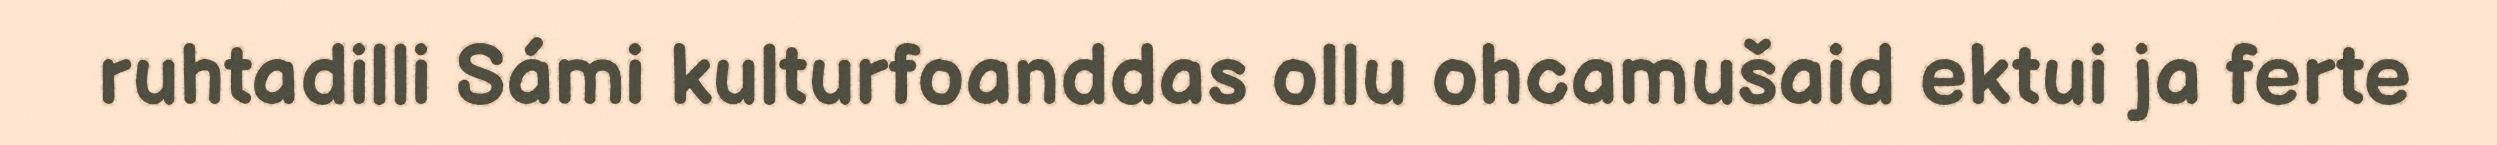
ruhtadilli Sámi kulturfoanddas ollu ohcamušaid ektui ja ferte